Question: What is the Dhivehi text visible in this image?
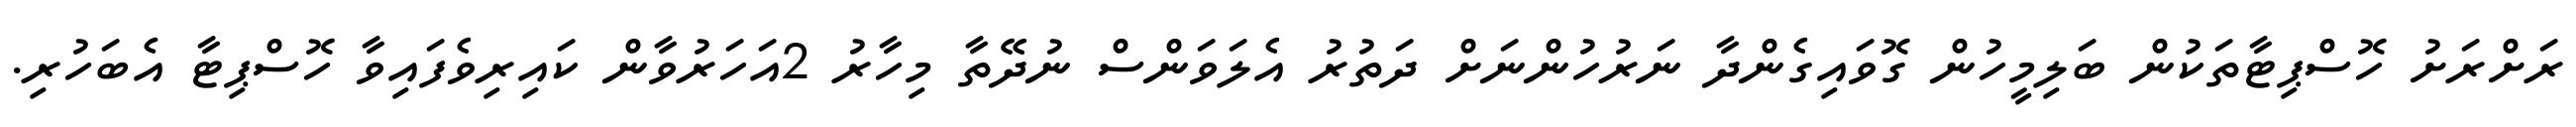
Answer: ރަށްރަށު ހޮސްޕިޓާތަކުން ބަލިމީހުން ގޮވައިގެންދާ ނަރުހުންނަށް ދަތުރު އެލަވަންސް ނުދޭތާ މިހާރު 2އަހަރުވާން ކައިރިވެފައިވާ ހޮސްޕިޓާ އެބަހުރި.